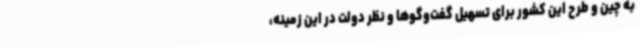
به چین و طرح این کشور برای تسهیل گفت‌وگوها و نظر دولت در این زمینه،